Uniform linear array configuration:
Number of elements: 48
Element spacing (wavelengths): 0.5
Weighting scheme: exponential
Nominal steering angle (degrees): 30
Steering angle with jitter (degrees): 28.051
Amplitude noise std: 0.05
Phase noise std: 0.05

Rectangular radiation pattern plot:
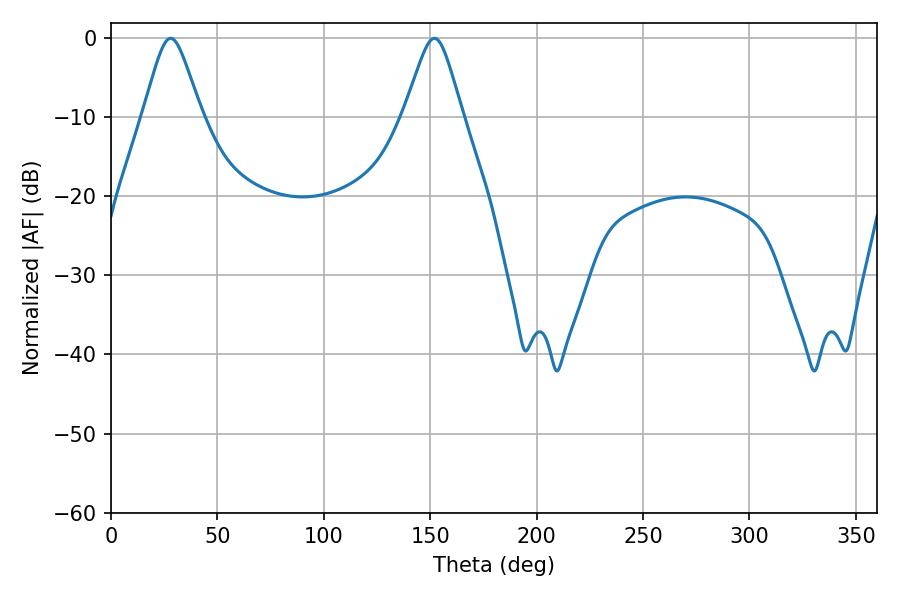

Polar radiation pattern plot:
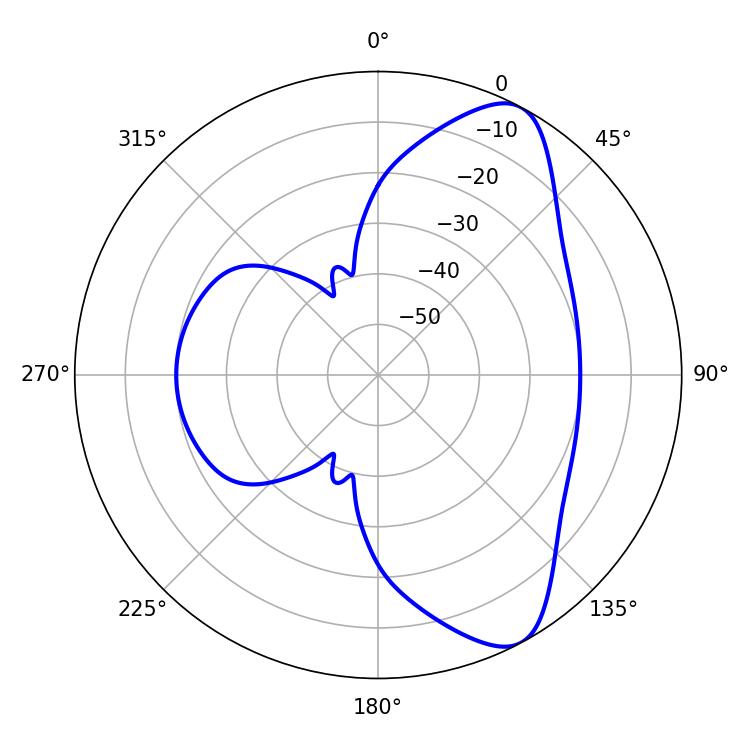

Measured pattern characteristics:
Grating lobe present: FALSE
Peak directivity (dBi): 8.681
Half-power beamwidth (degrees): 13.14
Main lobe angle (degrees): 28.08